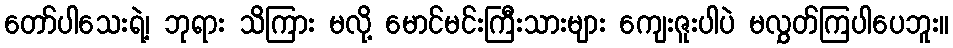
တော်ပါသေးရဲ့၊ ဘုရား သိကြား မလို့ မောင်မင်းကြီးသားများ ကျေးဇူးပါပဲ မလွှတ်ကြပါပေဘူး။